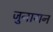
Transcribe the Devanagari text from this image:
जुनागन